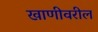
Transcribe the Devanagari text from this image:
खाणीवरील